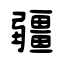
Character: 疆